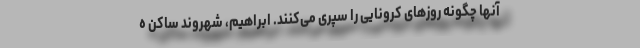
آنها چگونه روزهای کرونایی را سپری می‌کنند. ابراهیم، شهروند ساکن ه